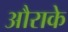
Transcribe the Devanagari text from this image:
औराके